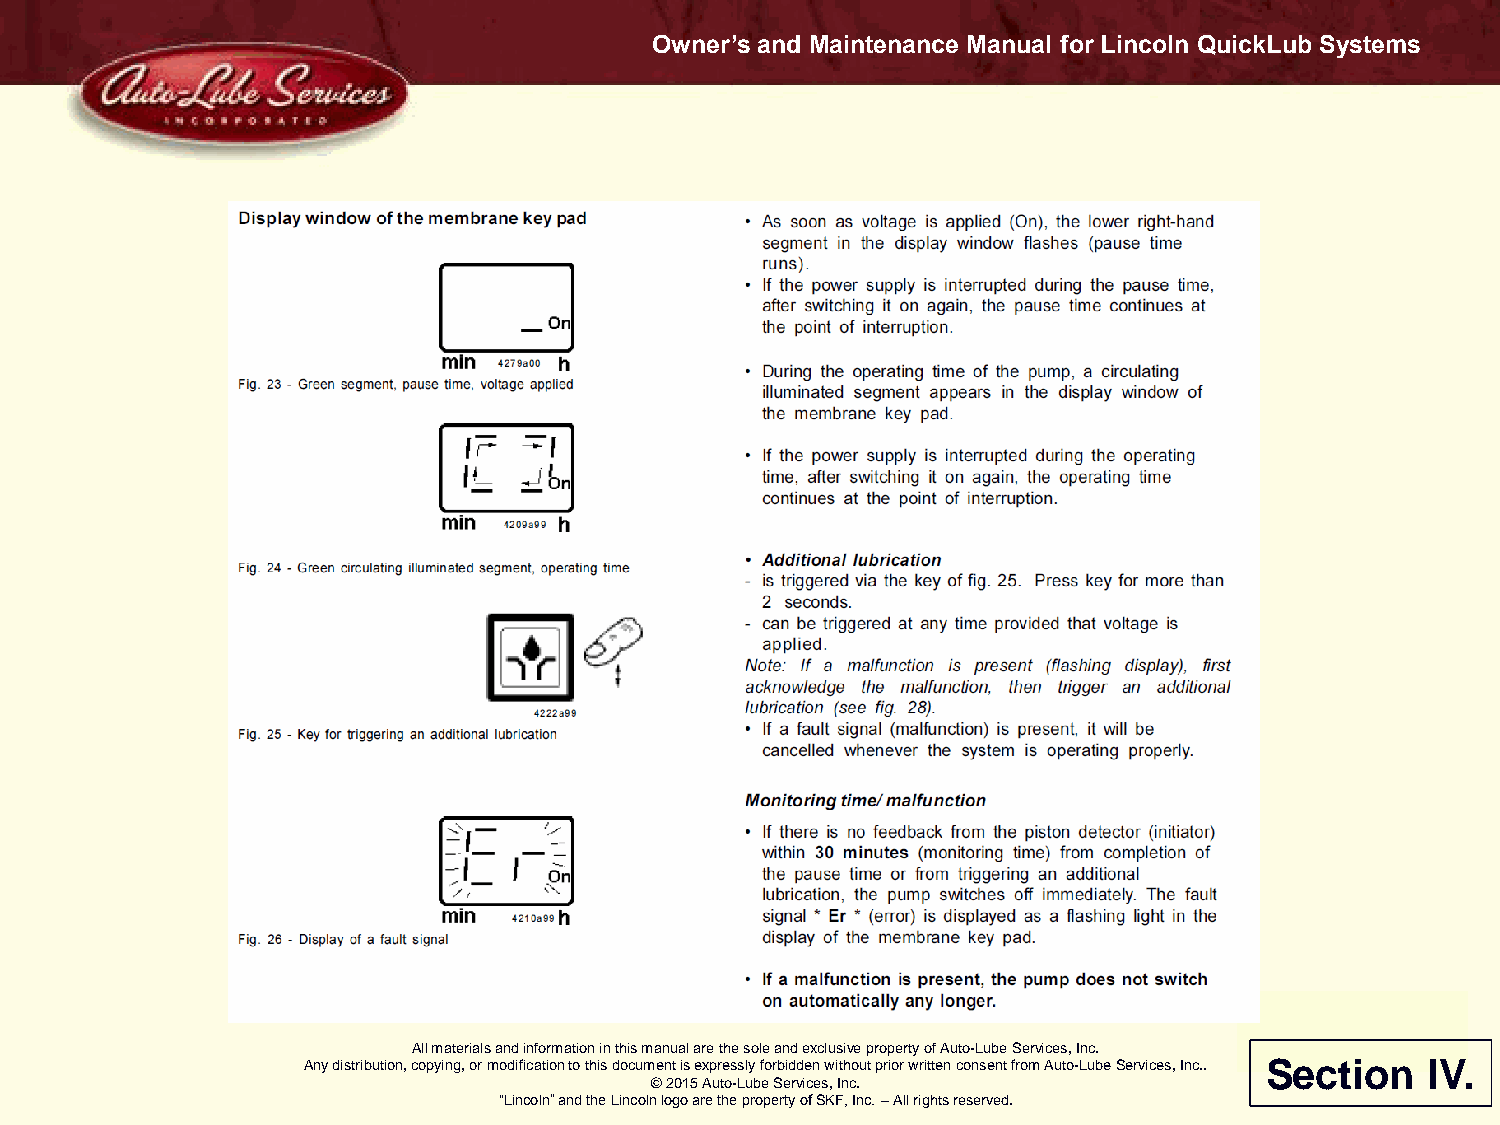
Owner’s and Maintenance Manual for Lincoln QuickLub Systems
 All materials and information in this manual are the sole and exclusive property of Auto-Lube Services, Inc.
 Any distribution, copying, or modification to this document is expressly forbidden without prior written consent from Auto-Lube Services, Inc.. Section IV.
 © 2015 Auto-Lube Services, Inc.
 “Lincoln” and the Lincoln logo are the property of SKF, Inc. – All rights reserved.